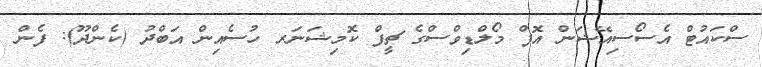
ސްކައުޓް އެސޯސިއޭޝަން އޮފް މޯލްޑިވްސްގެ ޗީފް ކޮމިޝަނަރ ހުސެއިން އަބްދު (ކެންދޫ): ފެން